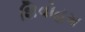
શિવોહમ